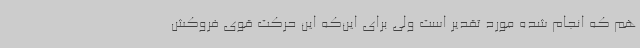
هم که انجام شده مورد تقدیر است ولی برای این‌که این حرکت قوی فروکش